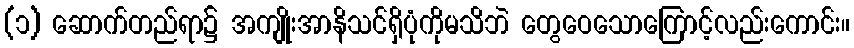
(၁) ဆောက်တည်ရာ၌ အကျိုးအာနိသင်ရှိပုံကိုမသိဘဲ တွေဝေသောကြောင့်လည်းကောင်း။